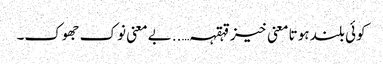
کوئی بلند ہوتا معنی خیز قہقہہ…..بے معنی نوک جھوک۔